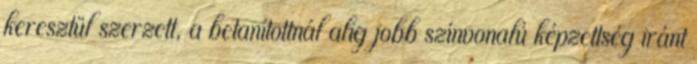
keresztül szerzett, a betanítottnál alig jobb színvonalú képzettség iránt